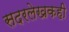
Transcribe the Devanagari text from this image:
सदरलेखकही